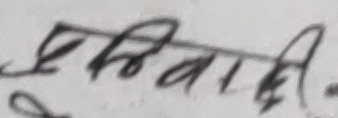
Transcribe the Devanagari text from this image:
बुढाथी